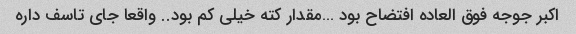
اکبر جوجه فوق العاده افتضاح بود …مقدار کته خیلی کم بود.. واقعا جای تاسف داره